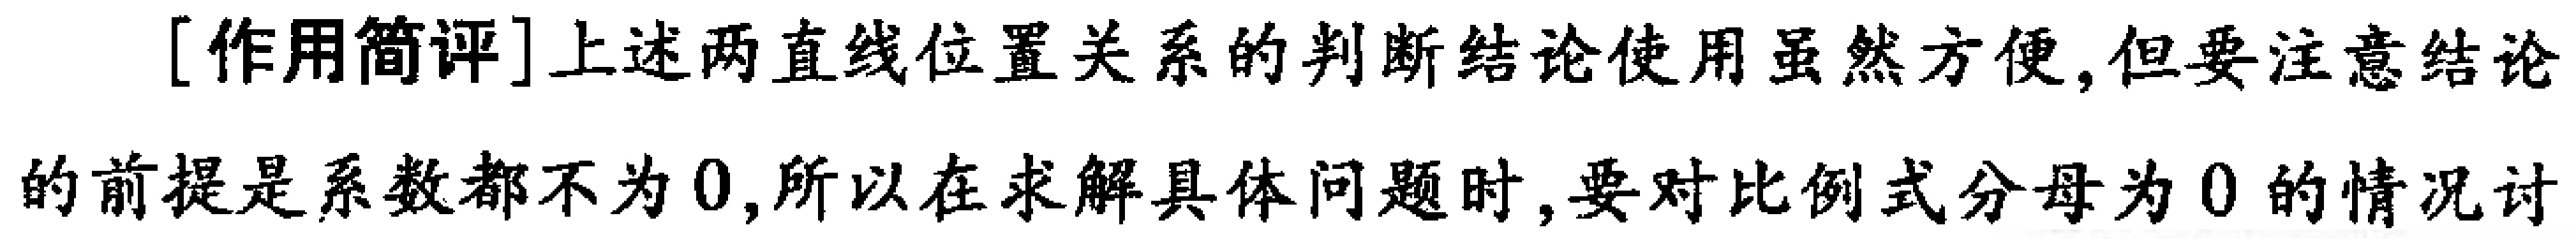
[作用简评]上述两直线位置关系的判断结论使用虽然方便,但要注意结论的前提是系数都不为0,所以在求解具体问题时,要对比例式分母为0的情况讨